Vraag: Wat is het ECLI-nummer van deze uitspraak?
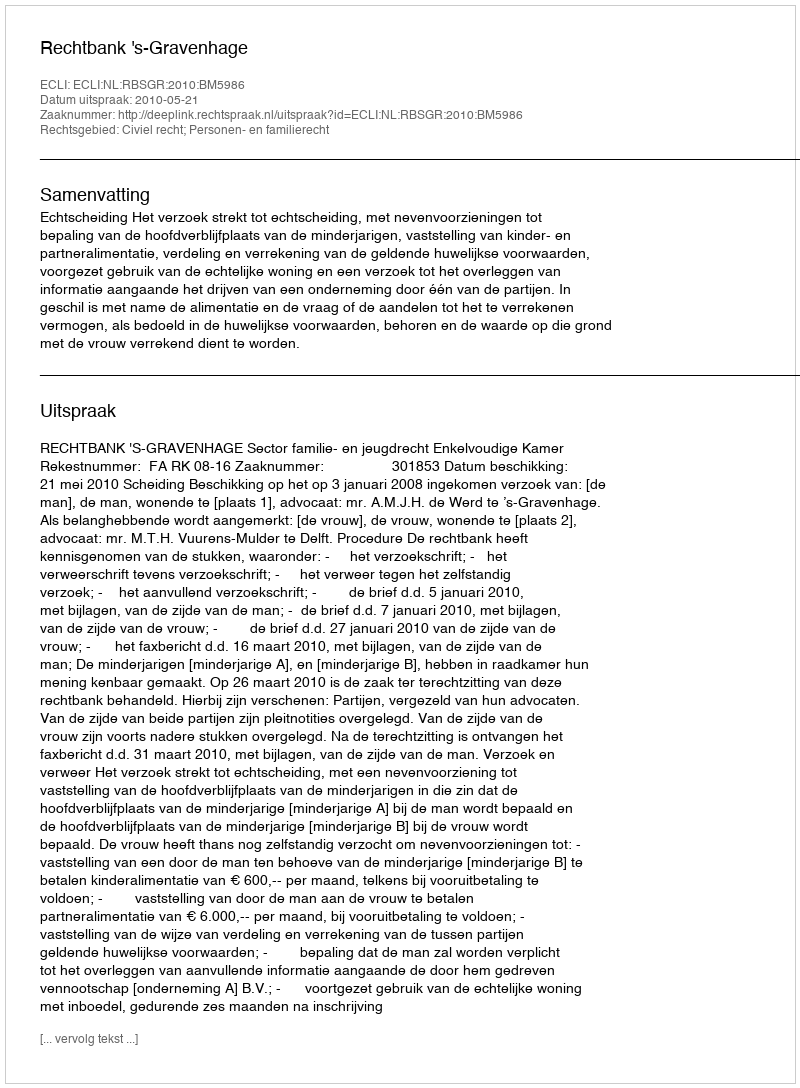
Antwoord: ECLI:NL:RBSGR:2010:BM5986